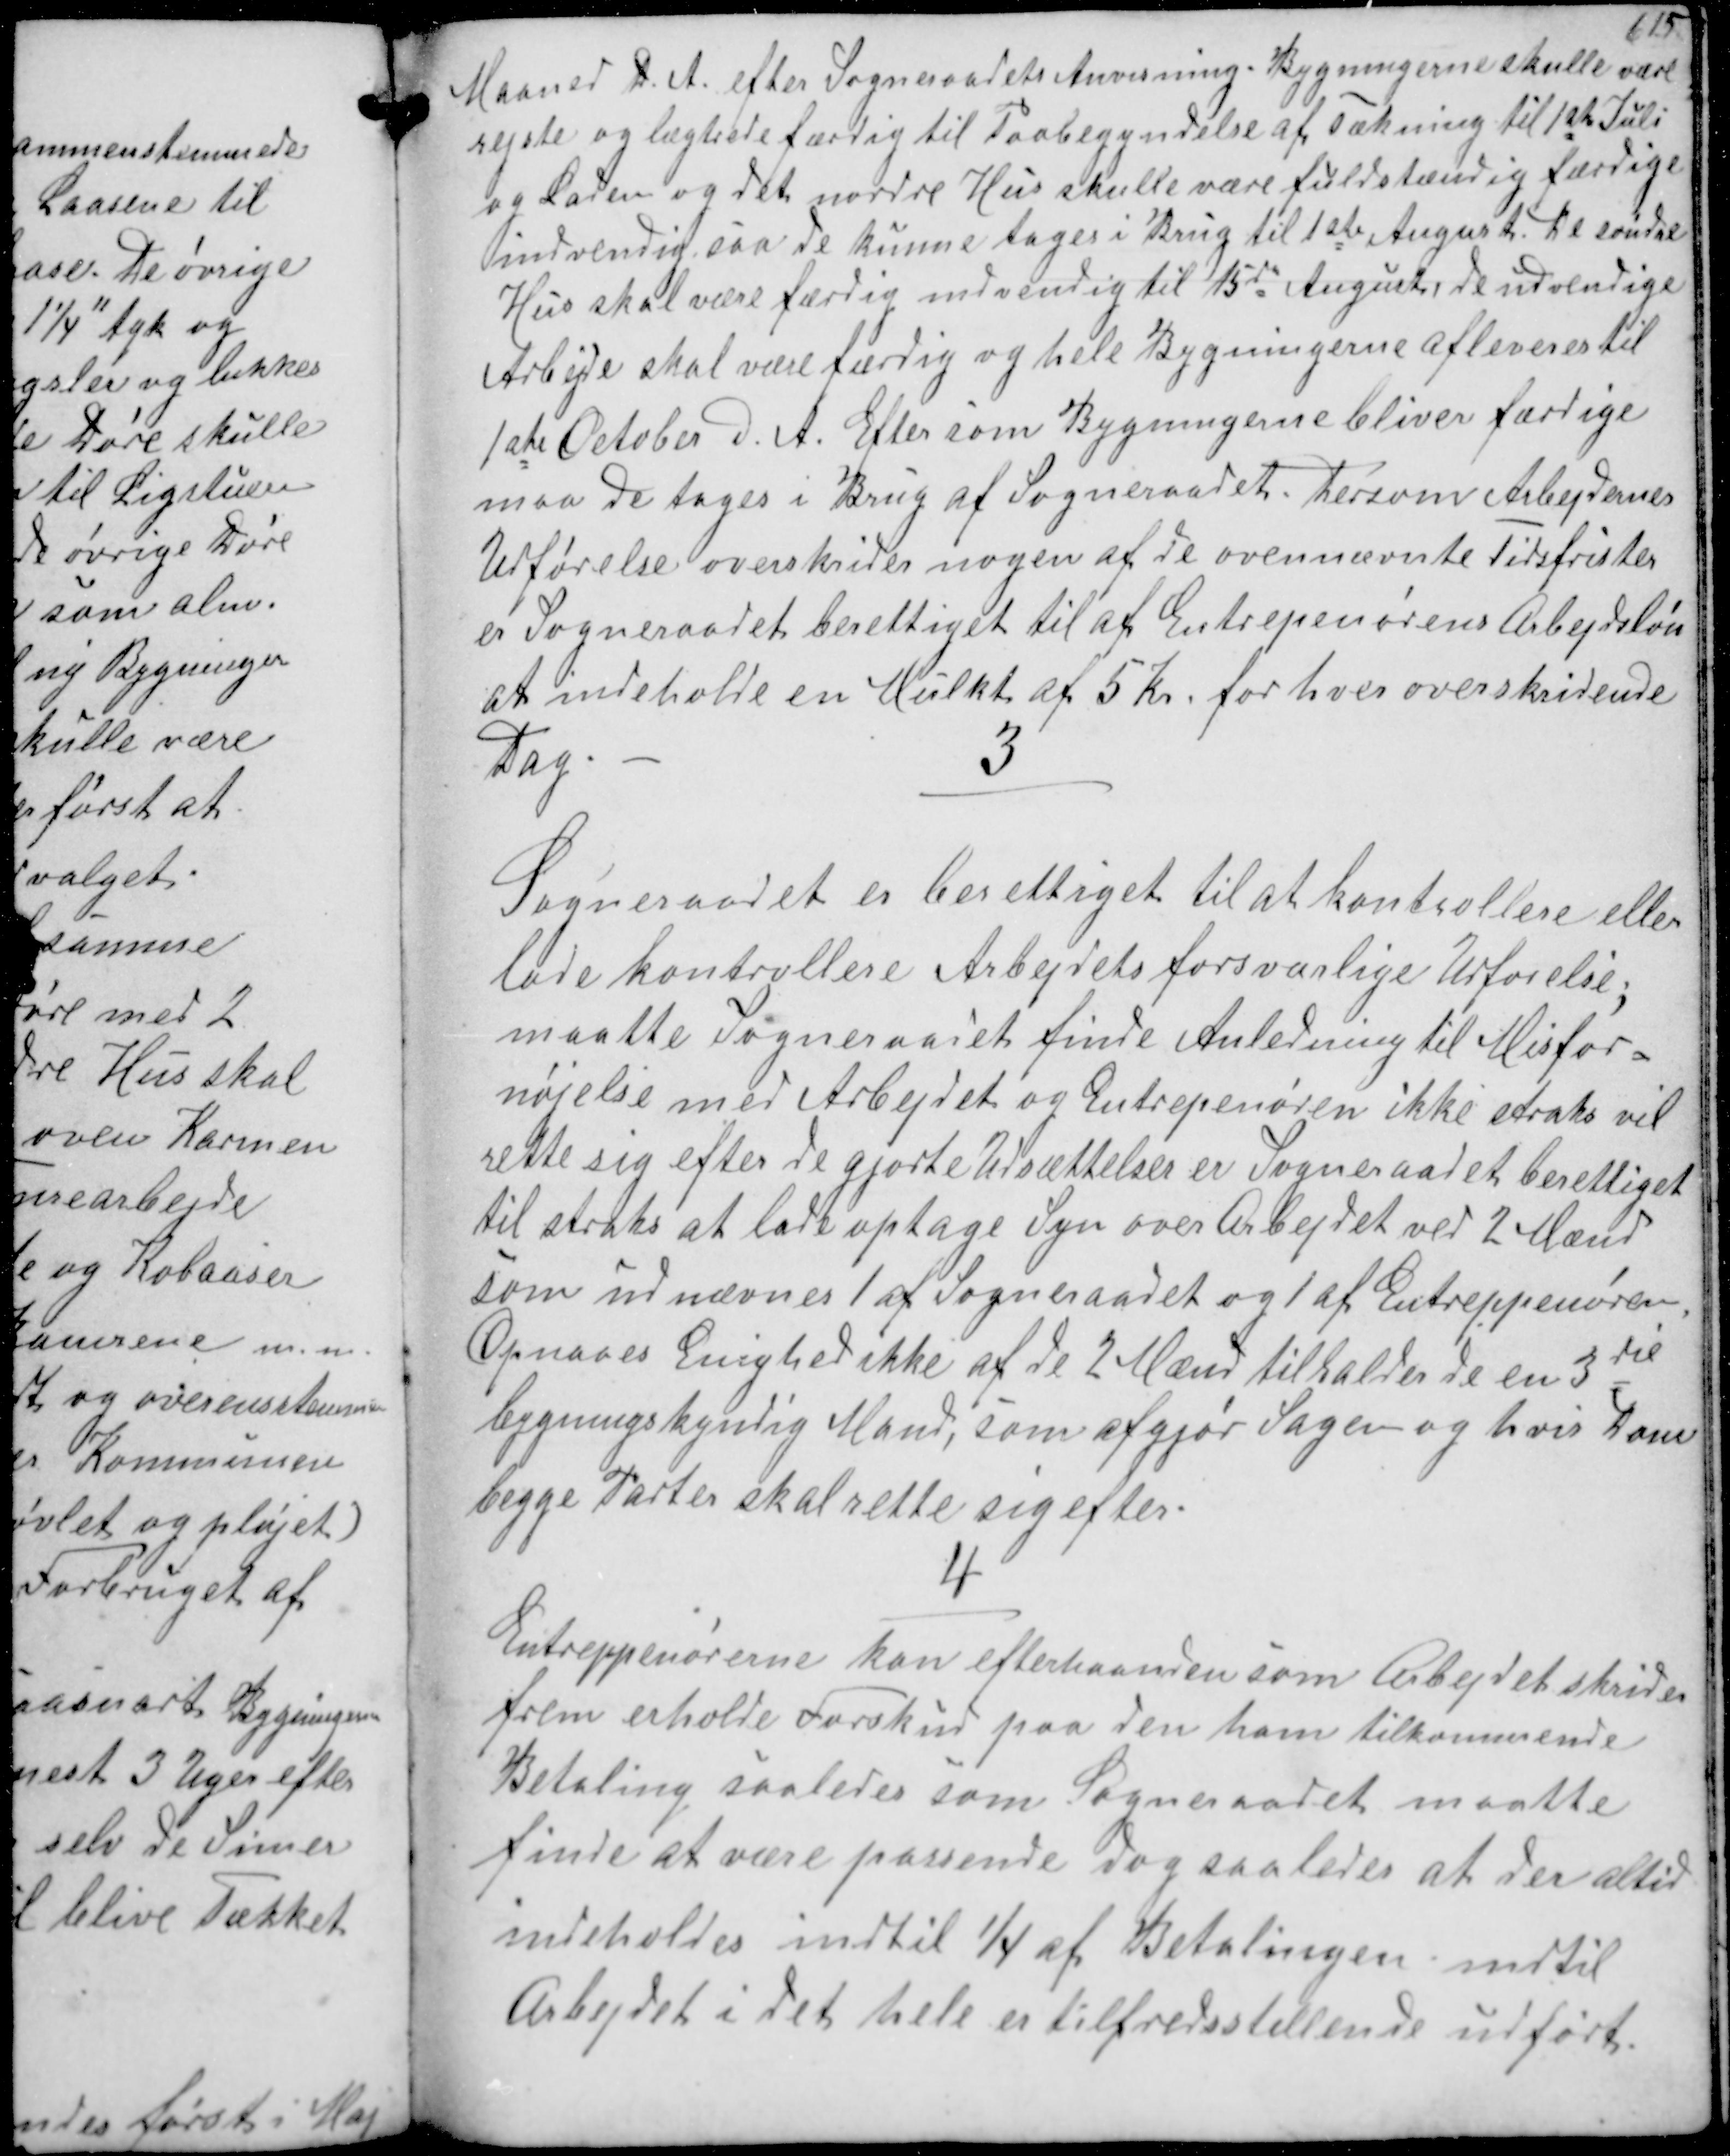
Transskription:
Maaned d.A. efter Sogneraadets Anvisning Bygningerne skulle var
rejste og lægtede færdig til Paabegyndelse af Tækning til 1ste Juli
og Laden og det nordre Hus skulde være fuldstændig lærdige
indvendig, saa de kunne tages i Brug til 1ste August det søndre
Hus skal være færdig indvendig til 15de August, de udvendige
Arbeje skal være færdig og hele Bygningerne leveres til
1ste October d. A. Efter som Bygningerne bliver færdige
maa de tages i Brug af Sogneraadet. Dersom Arbejdernes
udførelse overskrider nogen af de ovennævnte Tidsfrister
er Sogneraadet berettiget til af Entrepenørens Arbejdsløn
at indeholde en mulkt af 5 kr for hver overskridende
Dag.
3
Sogneraadet er berettiget til at kontrollere eller
lade kontrollere Arbejdets forsvarlige Udførelse
maatte Sogneraadet finde Anledning til Misfor-
nøjelse med Arbejdet og Entrepenøren ikke straks vil
rette sig efter de gjorte Udsættelser er Sogneraadet berettiget
til straks at lade optage Syn over Arbejdet ved 2 Mænd
som udnævnes at Sogneraadet og 1 af Entrepenøren
Opnaaes Enighed ikke af de 2 Mænd tilkalder de en 3die
bygningskyndig Mand, som afgjør Sagen og hvis Dom
begge Parter skal rette sig efter
4
Entreppenørerne kan efterhaanden som Arbejdet skrider
frem erholde Forskud paa den ham tilkommende
Betaling saaledes som Sogneraadet maatte
finde at være passende dog saaledes at der altid
indeholdes indtil 1/4 at Betalingen indtil
Arbejdet i det hele er nererestillende udført